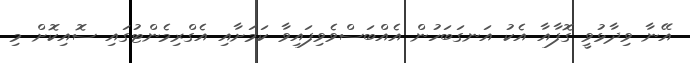
އޭނާ ވިދާޅުވީ ގޮފާއާ އެކު އަނގަބަހުން އެއްބަސްވެވިފައިވާ ކަމަށާއި އެގްރިމެންޓުގައި ސޮއިކޮށް މި